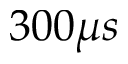
3 0 0 \mu s